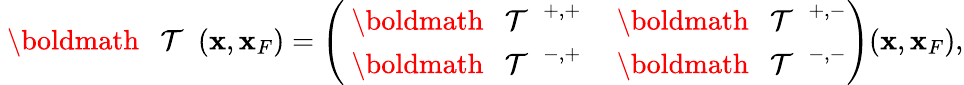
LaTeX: \begin{array}{r}{{{{\mathrm{~\boldmath~{~\cal~T~}~}}}}({\mathbf x},{\mathbf x}_{F})=\left(\begin{array}{ll}{{{{\mathrm{~\boldmath~{~\cal~T~}~}}}}^{+,+}}&{{{{\mathrm{~\boldmath~{~\cal~T~}~}}}}^{+,-}}\\ {{{{\mathrm{~\boldmath~{~\cal~T~}~}}}}^{-,+}}&{{{{\mathrm{~\boldmath~{~\cal~T~}~}}}}^{-,-}}\end{array}\right)({\mathbf x},{\mathbf x}_{F}),}\end{array}